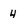
Character: 4